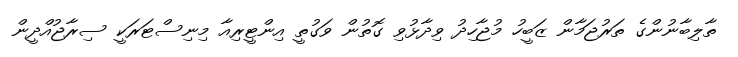
ތާލިބާނުންގެ ތަރުޖަމާން ޒަބީހު މުޖާހިދު ވިދާޅުވި ގޮތުން ވަގުތީ އިންޓީރިއާ މިނިސްޓަރަކީ ސިރާޖުއްދީން